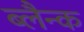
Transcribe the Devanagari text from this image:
ब्लैन्क